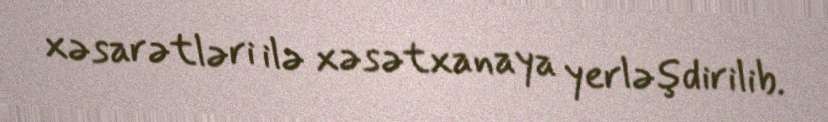
xəsarətləri ilə xəsətxanaya yerləşdirilib.